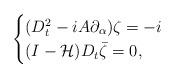
LaTeX: \begin{align*}\begin{cases}(D_t^2-iA\partial_{\alpha})\zeta=-i\\(I-\mathcal{H})D_t\bar{\zeta}=0,\end{cases}\end{align*}